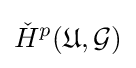
{\check {H}}^{p}({\mathfrak {U}},{\mathcal {G}})